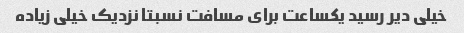
خیلی دیر رسید یکساعت برای مسافت نسبتا نزدیک خیلی زیاده